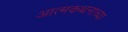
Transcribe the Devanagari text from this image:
आत्मकथनाच्या